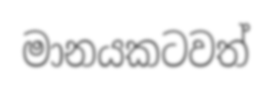
මානයකටවත්